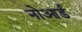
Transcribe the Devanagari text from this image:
नोआर्ड